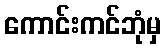
ကောင်းကင်ဘုံမှ